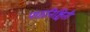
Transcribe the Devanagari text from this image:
पाठनिश्चिती